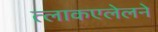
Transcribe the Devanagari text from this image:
त्लाकएलेलने